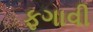
ફગાવી